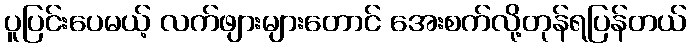
ပူပြင်းပေမယ့် လက်ဖျားများတောင် အေးစက်လို့တုန်ရပြန်တယ်